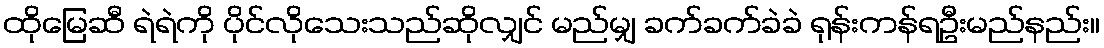
ထိုမြေဆီ ရဲရဲကို ပိုင်လိုသေးသည်ဆိုလျှင် မည်မျှ ခက်ခက်ခဲခဲ ရုန်းကန်ရဦးမည်နည်း။